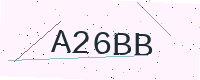
Text: A26BB